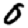
Digit: 0